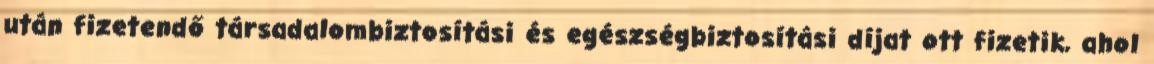
után fizetendő társadalombiztosítási és egészségbiztosítási díjat ott fizetik, ahol